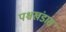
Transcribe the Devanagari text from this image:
पश्चखंडास